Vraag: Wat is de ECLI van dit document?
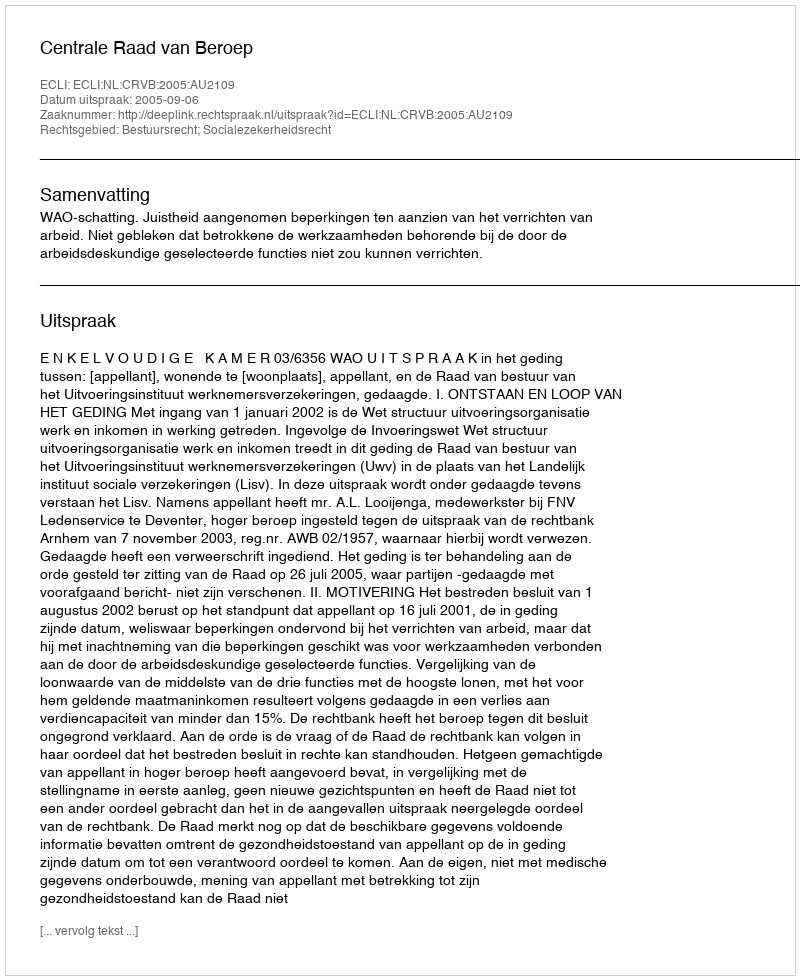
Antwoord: ECLI:NL:CRVB:2005:AU2109